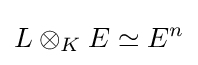
L\otimes _{K}E\simeq E^{n}